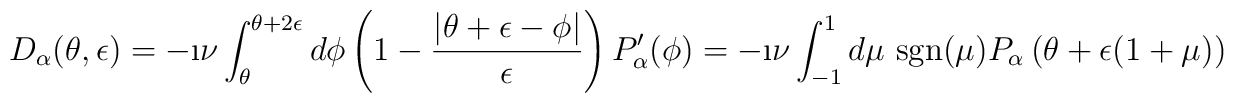
D_{\alpha}(\theta,\epsilon) =  -\i\nu \int_{\theta}^{\theta+2\epsilon} d \phi	\left(	1- \frac{\left|\theta + \epsilon - \phi \right|}{\epsilon}	\right) P'_{\alpha}(\phi) =  -\i\nu \int_{-1}^{1}d \mu	 \mbox{ sgn}(\mu)	 P_{\alpha} \left(\theta + \epsilon (1+ \mu) \right)